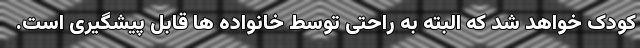
کودک خواهد شد که البته به راحتی توسط خانواده ها قابل پیشگیری است.